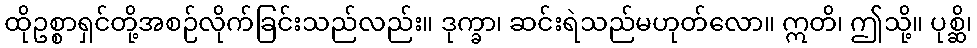
ထိုဥစ္စာရှင်တို့အစဉ်လိုက်ခြင်းသည်လည်း။ ဒုက္ခာ၊ ဆင်းရဲသည်မဟုတ်လော။ ဣတိ၊ ဤသို့။ ပုစ္ဆိ၊